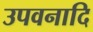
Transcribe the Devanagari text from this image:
उपवनादि